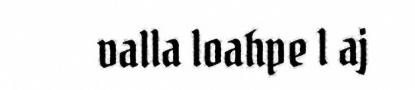
valla loahpe l aj